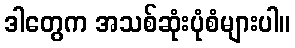
ဒါတွေက အသစ်ဆုံးပုံစံများပါ။